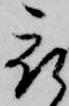
被